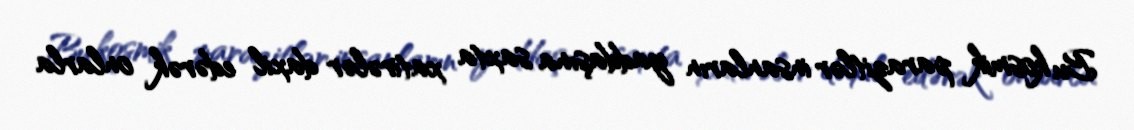
Bu kosmik parazitlər insanların yaddaşına saxta xatirələr daxil edərək onlarla